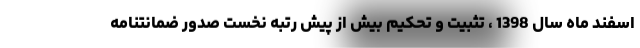
اسفند ماه سال 1398 ، تثبیت و تحکیم بیش از پیش رتبه نخست صدور ضمانتنامه